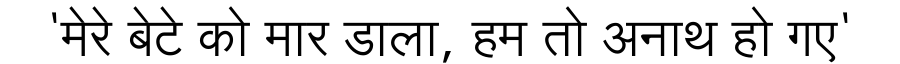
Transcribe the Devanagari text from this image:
'मेरे बेटे को मार डाला, हम तो अनाथ हो गए'